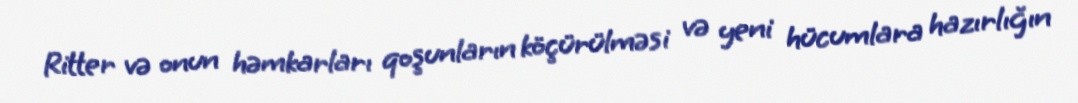
Ritter və onun həmkarları qoşunların köçürülməsi və yeni hücumlara hazırlığın